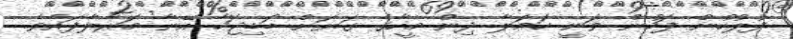
ފުލުހުން ފަހުން ވަނީ ހަމަލާ ދިން މީހާގެ ގަޔަށް ބަޑިޖަހާ އޭނާ މަރާލާފައެވެ.